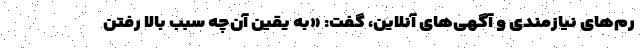
رم‌های نیازمندی و آگهی‌های آنلاین، گفت: «به یقین آن‌چه سبب بالا رفتن